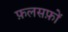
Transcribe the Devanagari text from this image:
फ़लसफ़ों